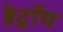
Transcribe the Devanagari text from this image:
डेट्रॉय